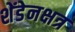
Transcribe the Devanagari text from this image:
शेंडेनक्षत्र